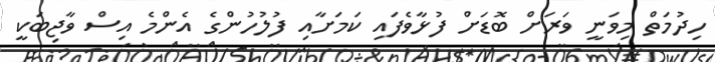
ހިދުމަތް މިވަނީ ވަރަށް ބޮޑަށް ފުޅާވެފައި ކަމަށާއި ފުލުހުންގެ އެންމެ އިސް ވާޖިބަކީ